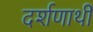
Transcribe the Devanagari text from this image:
दर्शणार्थी